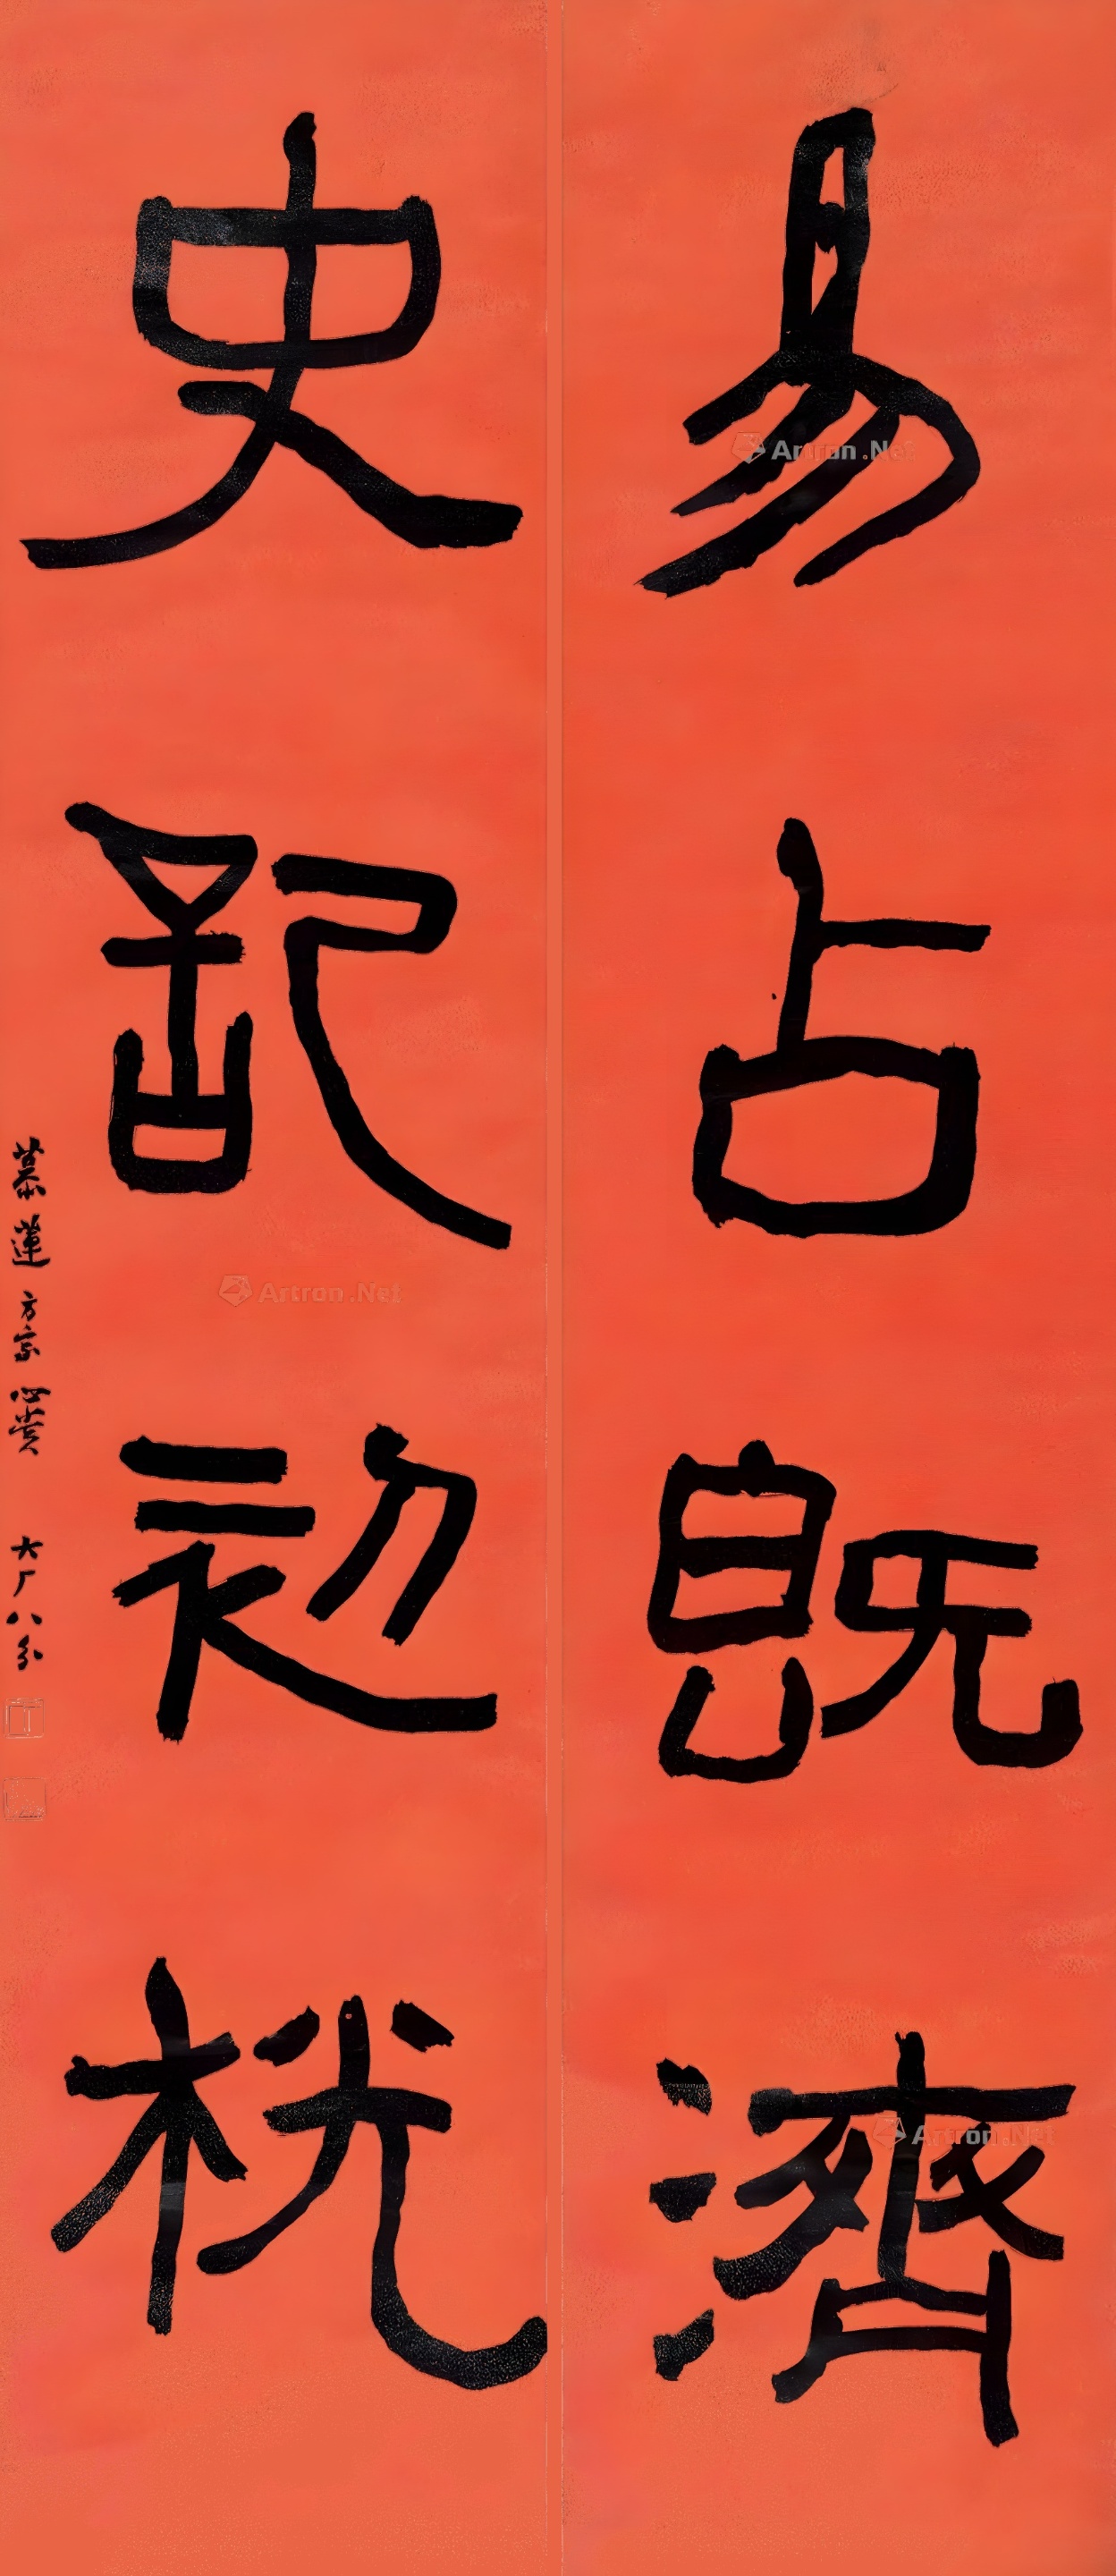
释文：易占既济，史记初桄。慕莲方家心赏，大厂八分。